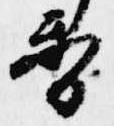
香